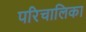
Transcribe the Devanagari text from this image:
परिचालिका